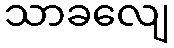
သာခလျေ